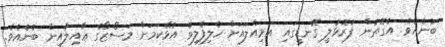
ބުނެއެވެ. އެގޮތުން ފުރޮޅުލީ ގޮނޑީގައި އަމިއްލައަށް ހެލިފެލިވެ އުޅޭކަމަށް މަސޯޒޯގެ ޢާއިލާއިން ބުނެއެވެ.